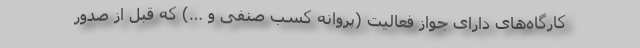
کارگاه‌های دارای جواز فعالیت (پروانه کسب صنفی و …) که قبل از صدور